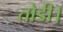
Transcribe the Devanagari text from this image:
तोडी।